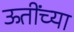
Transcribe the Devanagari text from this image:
ऊतींच्या